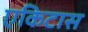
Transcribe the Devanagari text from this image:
एकिटास